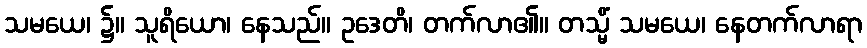
သမယေ၊ ၌။ သူရိယော၊ နေသည်။ ဥဒေတိ၊ တက်လာ၏။ တသ္မိံ သမယေ၊ နေတက်လာရာ